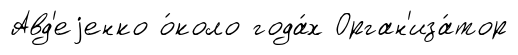
Авд'еjенко о́коло года́х Орган'иза́тор